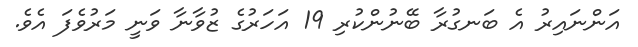
އަންނައިރު އެ ބަނގުރާ ބޭނުންކުރި 19 އަހަރުގެ ޒުވާނާ ވަނީ މަރުވެފަ އެވެ.